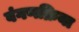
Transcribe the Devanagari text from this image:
वंगणक्रिया